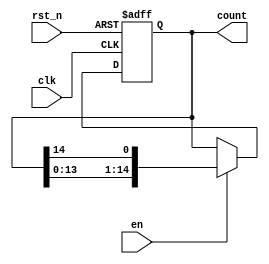
`timescale 1ns / 1ps
//////////////////////////////////////////////////////////////////////////////////
// Company: 
// Engineer: 
// 
// Design Name: 
// Module Name: RingCounter
// Project Name: 
// Target Devices: 
// Tool Versions: 
// Description: 
// 
// Dependencies: 
// 
// Revision:
// Revision 0.01 - File Created
// Additional Comments:
// 
//////////////////////////////////////////////////////////////////////////////////


module RingCounter( 
//WriteReg  WriteAddressCounter  
    clk, rst_n, en, 
    count
);

parameter DATANUM = 15;

input clk, rst_n; //1bit input
input en; //1bit input
output reg [DATANUM-1:0] count; //15bit output


//clk   rst_n   
always @(posedge clk or negedge rst_n) begin
    //rst_n 0 , count 
    if(!rst_n) count <= 15'b100_0000_0000_0000;
    else begin //rst_n 1 
        //en 1 , count 1bit left shift
        if(en) count <= {count[13:0], count[14]};
        else count <= count; //en 0 
    end
end

endmodule